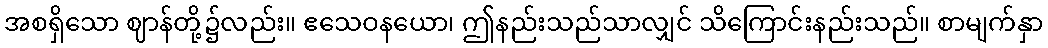
အစရှိသော ဈာန်တို့၌လည်း။ ဧသေဝနယော၊ ဤနည်းသည်သာလျှင် သိကြောင်းနည်းသည်။ စာမျက်နှာ